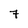
Character: 7